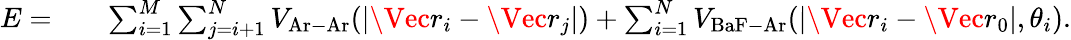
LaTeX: \begin{array}{rlr}{E=}&{{}}&{\sum_{i=1}^{M}\sum_{j=i+1}^{N}V_{\mathrm{Ar-Ar}}(|\Vec{r}_{i}-\Vec{r}_{j}|)+\sum_{i=1}^{N}V_{\mathrm{BaF-Ar}}(|\Vec{r}_{i}-\Vec{r}_{0}|,\theta_{i}).}\end{array}